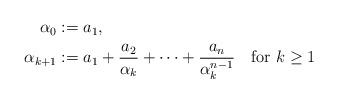
LaTeX: \begin{align*}\begin{aligned}\alpha_0&:=a_1,\\\alpha_{k+1}&:=a_1+\frac{a_2}{\alpha_k}+\cdots+\frac{a_n}{\alpha_k^{n-1}}\quad\mbox{for }k\geq1\end{aligned}\end{align*}